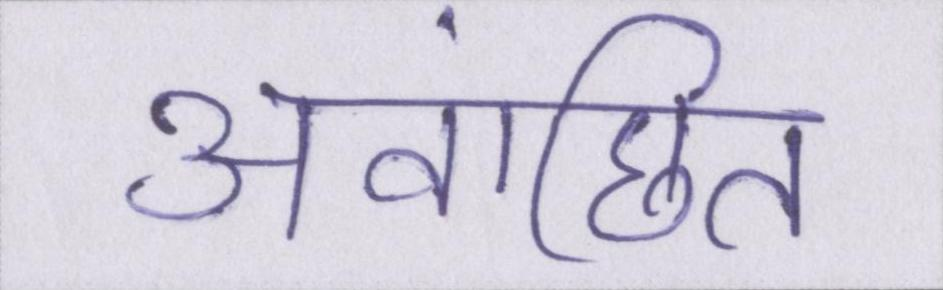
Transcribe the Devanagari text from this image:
अवांछित